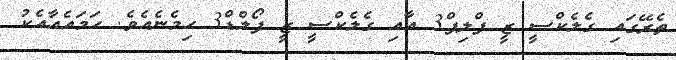
ތެރޭގައި ގެލެކްސީ ޒީ ފްލިޕް3 އާއި ގެލެކްސީ ޒީ ފޯލްޑް3 ހިމެނެއެވެ. ހަމައެއާއެކު